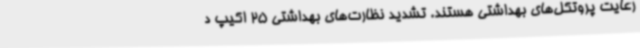
رعایت پروتکل‌های بهداشتی هستند. تشدید نظارت‌های بهداشتی 25 اکیپ د